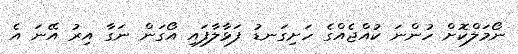
ނޯމަލްކޮށް ހުންނަ ކުއްޖެއްގެ ހަށިގަނޑު ފަޅާލާފައި އޯގަން ނަގާ އިރު އޭނަ އެ